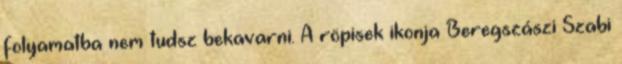
folyamatba nem tudsz bekavarni. A röpisek ikonja Beregszászi Szabi